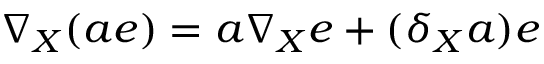
\nabla _ { X } ( a e ) = a \nabla _ { X } e + ( \delta _ { X } a ) e